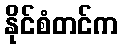
နိုင်စံတင်က